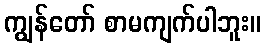
ကျွန်တော် စာမကျက်ပါဘူး။